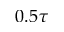
0 . 5 \tau